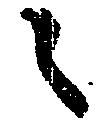
之